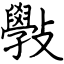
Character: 斅